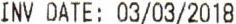
INV DATE: 03/03/2018